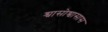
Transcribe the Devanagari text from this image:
श्वासोश्वासास